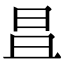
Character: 𣅣